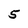
Character: 5